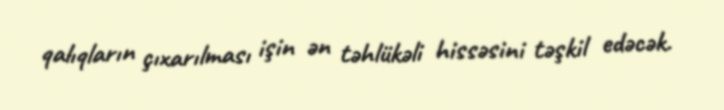
qalıqların çıxarılması işin ən təhlükəli hissəsini təşkil edəcək.